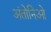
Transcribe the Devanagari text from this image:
अंतोनिओ